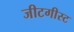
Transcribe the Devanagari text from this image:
जीटगीस्ट